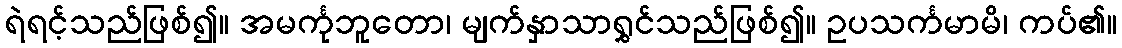
ရဲရင့်သည်ဖြစ်၍။ အမင်္ကုဘူတော၊ မျက်နှာသာရွှင်သည်ဖြစ်၍။ ဥပသင်္ကမာမိ၊ ကပ်၏။